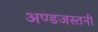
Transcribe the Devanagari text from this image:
अण्डजस्तनी